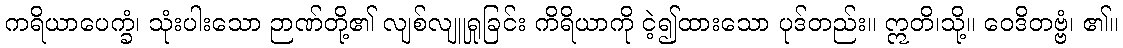
ကရိယာပေက္ခံ၊ သုံးပါးသော ဉာဏ်တို့၏ လျစ်လျူရှုခြင်း ကိရိယာကို ငဲ့၍ထားသော ပုဒ်တည်း။ ဣတိ၊သို့။ ဝေဒိတဗ္ဗံ၊ ၏။